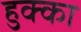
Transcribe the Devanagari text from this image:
हुक्‍का